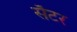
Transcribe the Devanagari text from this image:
सेँटर